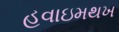
હવાઇમથખ